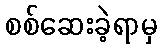
စစ်ဆေးခဲ့ရာမှ